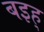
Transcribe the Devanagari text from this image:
बइह्‌